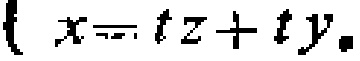
$x = tz + ty.$